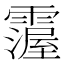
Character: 𩅵